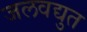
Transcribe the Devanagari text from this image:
जलवद्युत